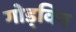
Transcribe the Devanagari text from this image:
गोड्विन